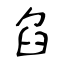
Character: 臽